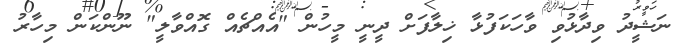
ނަޝީދު ވިދާޅުވި ވާހަކަފުޅާ ޚިލާފަށް ދީނީ މީހުން "އެއްޗެއް ގޮއްވާލީ" ނޫންކަން މިހާރު